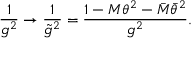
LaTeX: \frac { 1 } { g ^ { 2 } } \rightarrow \frac { 1 } { { \tilde { g } } ^ { 2 } } = \frac { 1 - M \theta ^ { 2 } - { \bar { M } } { \bar { \theta } } ^ { 2 } } { g ^ { 2 } } .